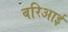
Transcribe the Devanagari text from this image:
बरिआई